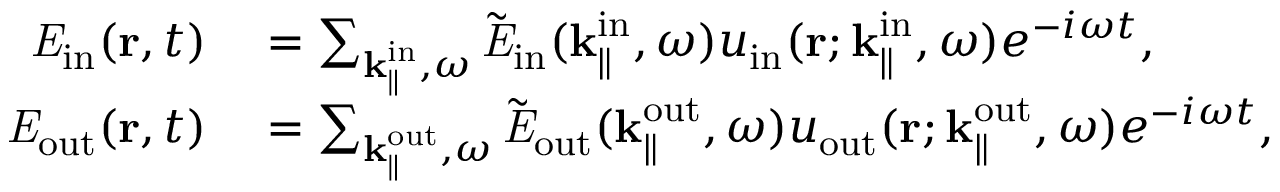
\begin{array} { r l } { { \it E } _ { \mathrm { i n } } ( { \bf r } , t ) } & { { } = \sum _ { { \bf k } _ { \parallel } ^ { \mathrm { i n } } , \omega } \tilde { \it E } _ { \mathrm { i n } } ( { \bf k } _ { \parallel } ^ { \mathrm { i n } } , \omega ) u _ { \mathrm { i n } } ( { \bf r } ; { \bf k } _ { \parallel } ^ { \mathrm { i n } } , \omega ) e ^ { - i \omega t } , } \\ { { \it E } _ { \mathrm { o u t } } ( { \bf r } , t ) } & { { } = \sum _ { { \bf k } _ { \parallel } ^ { \mathrm { o u t } } , \omega } \tilde { \it E } _ { \mathrm { o u t } } ( { \bf k } _ { \parallel } ^ { \mathrm { o u t } } , \omega ) u _ { \mathrm { o u t } } ( { \bf r } ; { \bf k } _ { \parallel } ^ { \mathrm { o u t } } , \omega ) e ^ { - i \omega t } , } \end{array}